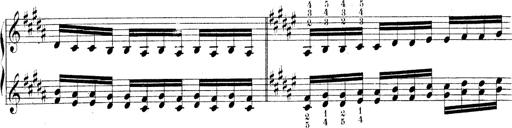
Title: Technische Studien
Composer: Franz Liszt